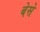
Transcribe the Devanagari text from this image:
बेसे